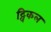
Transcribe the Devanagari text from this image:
ट्विकल